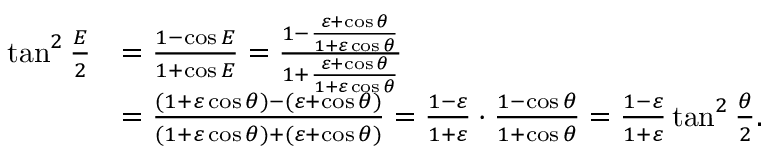
{ \begin{array} { r l } { \tan ^ { 2 } { \frac { E } { 2 } } } & { = { \frac { 1 - \cos E } { 1 + \cos E } } = { \frac { 1 - { \frac { \varepsilon + \cos \theta } { 1 + \varepsilon \cos \theta } } } { 1 + { \frac { \varepsilon + \cos \theta } { 1 + \varepsilon \cos \theta } } } } } \\ & { = { \frac { ( 1 + \varepsilon \cos \theta ) - ( \varepsilon + \cos \theta ) } { ( 1 + \varepsilon \cos \theta ) + ( \varepsilon + \cos \theta ) } } = { \frac { 1 - \varepsilon } { 1 + \varepsilon } } \cdot { \frac { 1 - \cos \theta } { 1 + \cos \theta } } = { \frac { 1 - \varepsilon } { 1 + \varepsilon } } \tan ^ { 2 } { \frac { \theta } { 2 } } . } \end{array} }